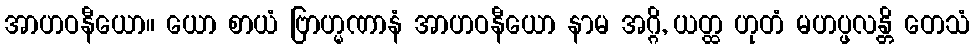
အာဟဝနီယော။ ယော စာယံ ဗြာဟ္မဏာနံ အာဟဝနီယော နာမ အဂ္ဂိ, ယတ္ထ ဟုတံ မဟပ္ဖလန္တိ တေသံ